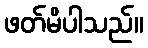
ဖတ်မိပါသည်။